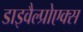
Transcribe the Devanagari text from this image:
डाइवैल्प्रोएक्स